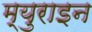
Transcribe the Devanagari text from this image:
म्युराइन